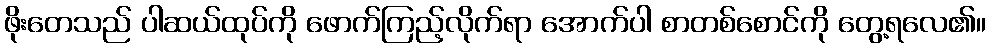
ဖိုးတေသည် ပါဆယ်ထုပ်ကို ဖောက်ကြည့်လိုက်ရာ အောက်ပါ စာတစ်စောင်ကို တွေ့ရလေ၏။